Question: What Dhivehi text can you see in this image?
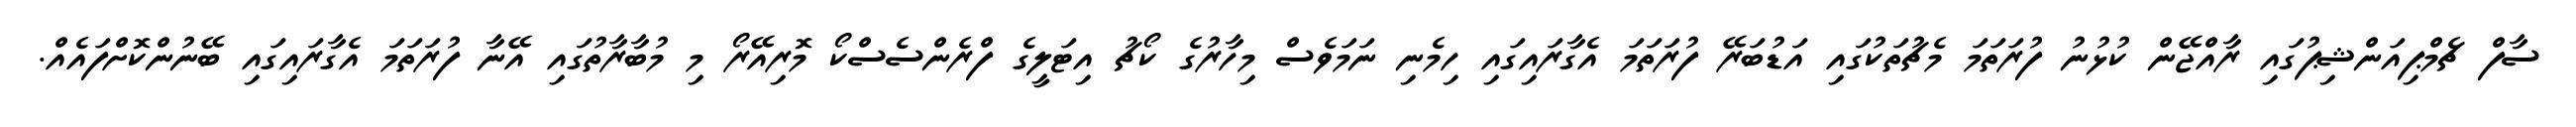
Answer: ސާފް ޗެމްޕިއަންޝިޕުގައި ރާއްޖޭން ކުޅުނު ފުރަތަމަ މެޗުތަކުގައި އަޑުބަރޭ ފުރަތަމަ އެގާރައިގައި ހިމެނި ނަމަވެސް މިހާރުގެ ކޯޗު އިޓަލީގެ ފްރެންސެސްކޯ މޮރިއޭރޯ މި މުބާރާތުގައި އޭނާ ފުރަތަމަ އެގާރައިގައި ބޭނުންކޮށްފައެއް.